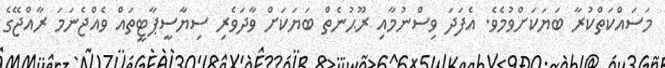
މަސައްކަތްކުރާ ބަޔަކަށްވުމެވެ. އެފަދަ ވިސްނުމާއި ރޫޙުނެތް ބަޔަކަށް ވާދަވެރި ސިޔާސީޕާޓީތައް ވެއްޖެނަމަ ރާއްޖޭގެ